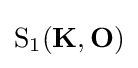
{\text{S}}_{1}(\mathbf {K} ,\mathbf {O} )